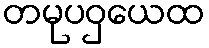
တမုပဝှယေထ